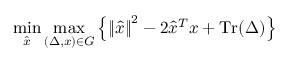
\operatorname* { m i n } _ { \hat { x } } \operatorname* { m a x } _ { ( \Delta , x ) \in G } \left\{ \left\| { \hat { x } } \right\| ^ { 2 } - 2 { \hat { x } } ^ { T } x + \operatorname { T r } ( \Delta ) \right\}